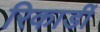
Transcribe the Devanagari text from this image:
रिकार्डी